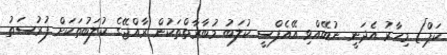
ކަޕްު] މިހާރު އެދަނީ ނުބޭއްވި އޭއެފްސީ ކުލަބު މުބާރާތްތަކުން ރާއްޖޭގެ ކުލަބުތަކަށް ފުރުސަތު